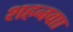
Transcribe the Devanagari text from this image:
शहनवाा